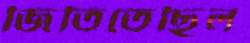
জিতিতেছিল